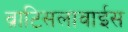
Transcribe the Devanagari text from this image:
व्राटिसलावाईस